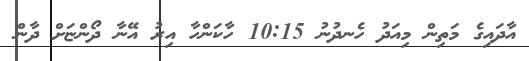
އާދައިގެ މަތިން މިއަދު ހެނދުނު 10:15 ހާކަންހާ އިރު އޭނާ ދޯންޏަށް ދާން